Vaccination United Provinces of Agra and Oudh 1914-1922 - 1914-1922
Year: 1914
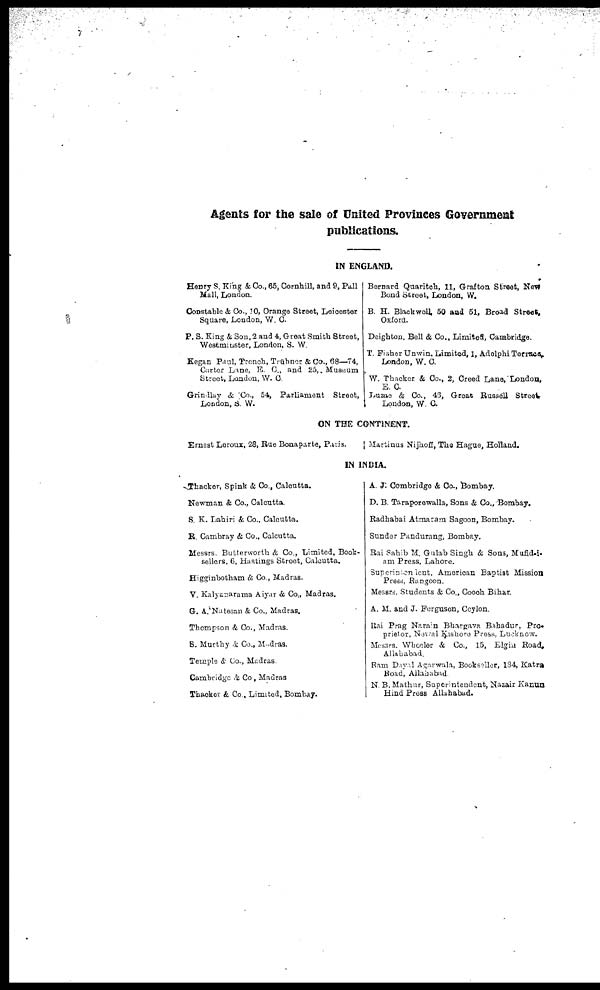
Agents for the sale of United Provinces Government
publications.
IN ENGLAND.
Henry S. King & Co., 65, Cornhill, and 9, Pall
Mall, London.
Constable & Co., 10, Orange Street, Leicester
Square, London, W. C.
P. S. King & Son, 2 and 4, Great Smith Street,
Westminster, London, S. W.
Kegan Paul, Trench, Trübner & Co., 68—74,
Carter Lane, E. C., and 25,. Museum
Street, London, W. C.
Grindlay & Co., 54, Parliament Street,
London, S. W.
Bernard Quaritch, 11, Grafton Street, New
Bond Street, London, W.
B. H. Blackwell 50 and 51, Broad Street,
Oxford.
Deighton, Bell & Co., Limited, Cambridge.
T. Fisher Unwin, Limited, 1, Adelphi Terrace.
London, W. C.
W. Thacker & Co., 2, Creed Lane, London,
E. C.
Luzac & Co., 46, Great Russell Street
London, W. C.
ON THE CONTINENT.
Ernest Leroux, 28, Rue Bonaparte, Paris.
Martinus Nijhoff, The Hague, Holland.
IN INDIA.
Thacker, Spink & Co., Calcutta.
Newman & Co., Calcutta.
S. K. Lahiri & Co., Calcutta.
R. Cambray & Co., Calcutta.
Messrs. Butterworth & Co., Limited, Book-
sellers, 6, Hastings Street, Calcutta.
Higginbotham & Co., Madras.
V. Kalyanarama Aiyar & Co., Madras.
G. A.Natesan & Co., Madras.
Thompson & Co., Madras.
B. Murthy & Co., Madras.
Temple & Co., Madras.
Cambridge & Co., Madras
Thacker & Co., Limited, Bombay.
A. J: Combridge & Co., Bombay.
D. B. Taraporewalla, Sons & Co., Bombay.
Radhabai Atmaram Sagoon, Bombay.
Sunder Pandurang, Bombay.
Rai Sahib M. Gulab Singh & Sons, Mufid-i-
am Press, Lahore.
Superintendent, American Baptist Mission
Press, Rangoon.
Messrs. Students & Co., Cooch Bihar.
A. M. and J. Ferguson, Ceylon.
Rai Prag Narain Bhargava Bahadur, Pro-
prietor, Newal Kishore Press, Lucknow.
Messrs. Wheeler & Co., 15, Elgin Road,
Allahabad.
Ram Dayal Agarwala, Bookseller, 134, Katra
Road, Allahabad.
N. B. Mathur, Superintendent, Nazair Kanun
Hind Press Allahabad.